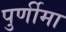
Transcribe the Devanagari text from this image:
पुर्णीमा